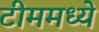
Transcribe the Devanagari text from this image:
टीममध्ये